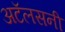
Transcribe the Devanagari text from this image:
अटॅलसनी